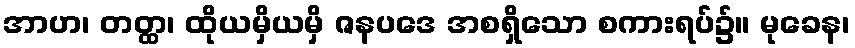
အာဟ၊ တတ္ထ၊ ထိုယမှိယမှိ ဇနပဒေ အစရှိသော စကားရပ်၌။ မုခေန၊